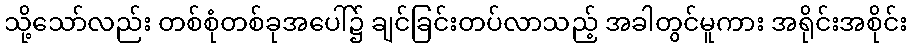
သို့သော်လည်း တစ်စုံတစ်ခုအပေါ်၌ ချင်ခြင်းတပ်လာသည့် အခါတွင်မူကား အရိုင်းအစိုင်း